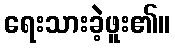
ရေးသားခဲ့ဖူး၏။